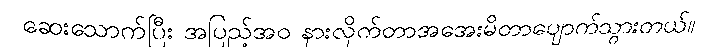
ဆေးသောက်ပြီး အပြည့်အဝ နားလိုက်တာအအေးမိတာပျောက်သွားတယ်။